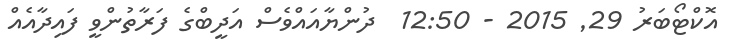
އޮކްޓޯބަރު 29